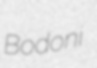
Bodoni